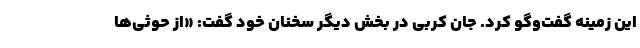
این زمینه گفت‌وگو کرد. جان کربی در بخش دیگر سخنان خود گفت: «از حوثی‌ها